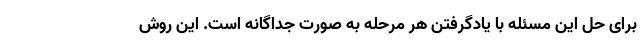
برای حل این مسئله با یادگرفتن هر مرحله به صورت جداگانه است. این روش